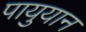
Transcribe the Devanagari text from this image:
पायुयान